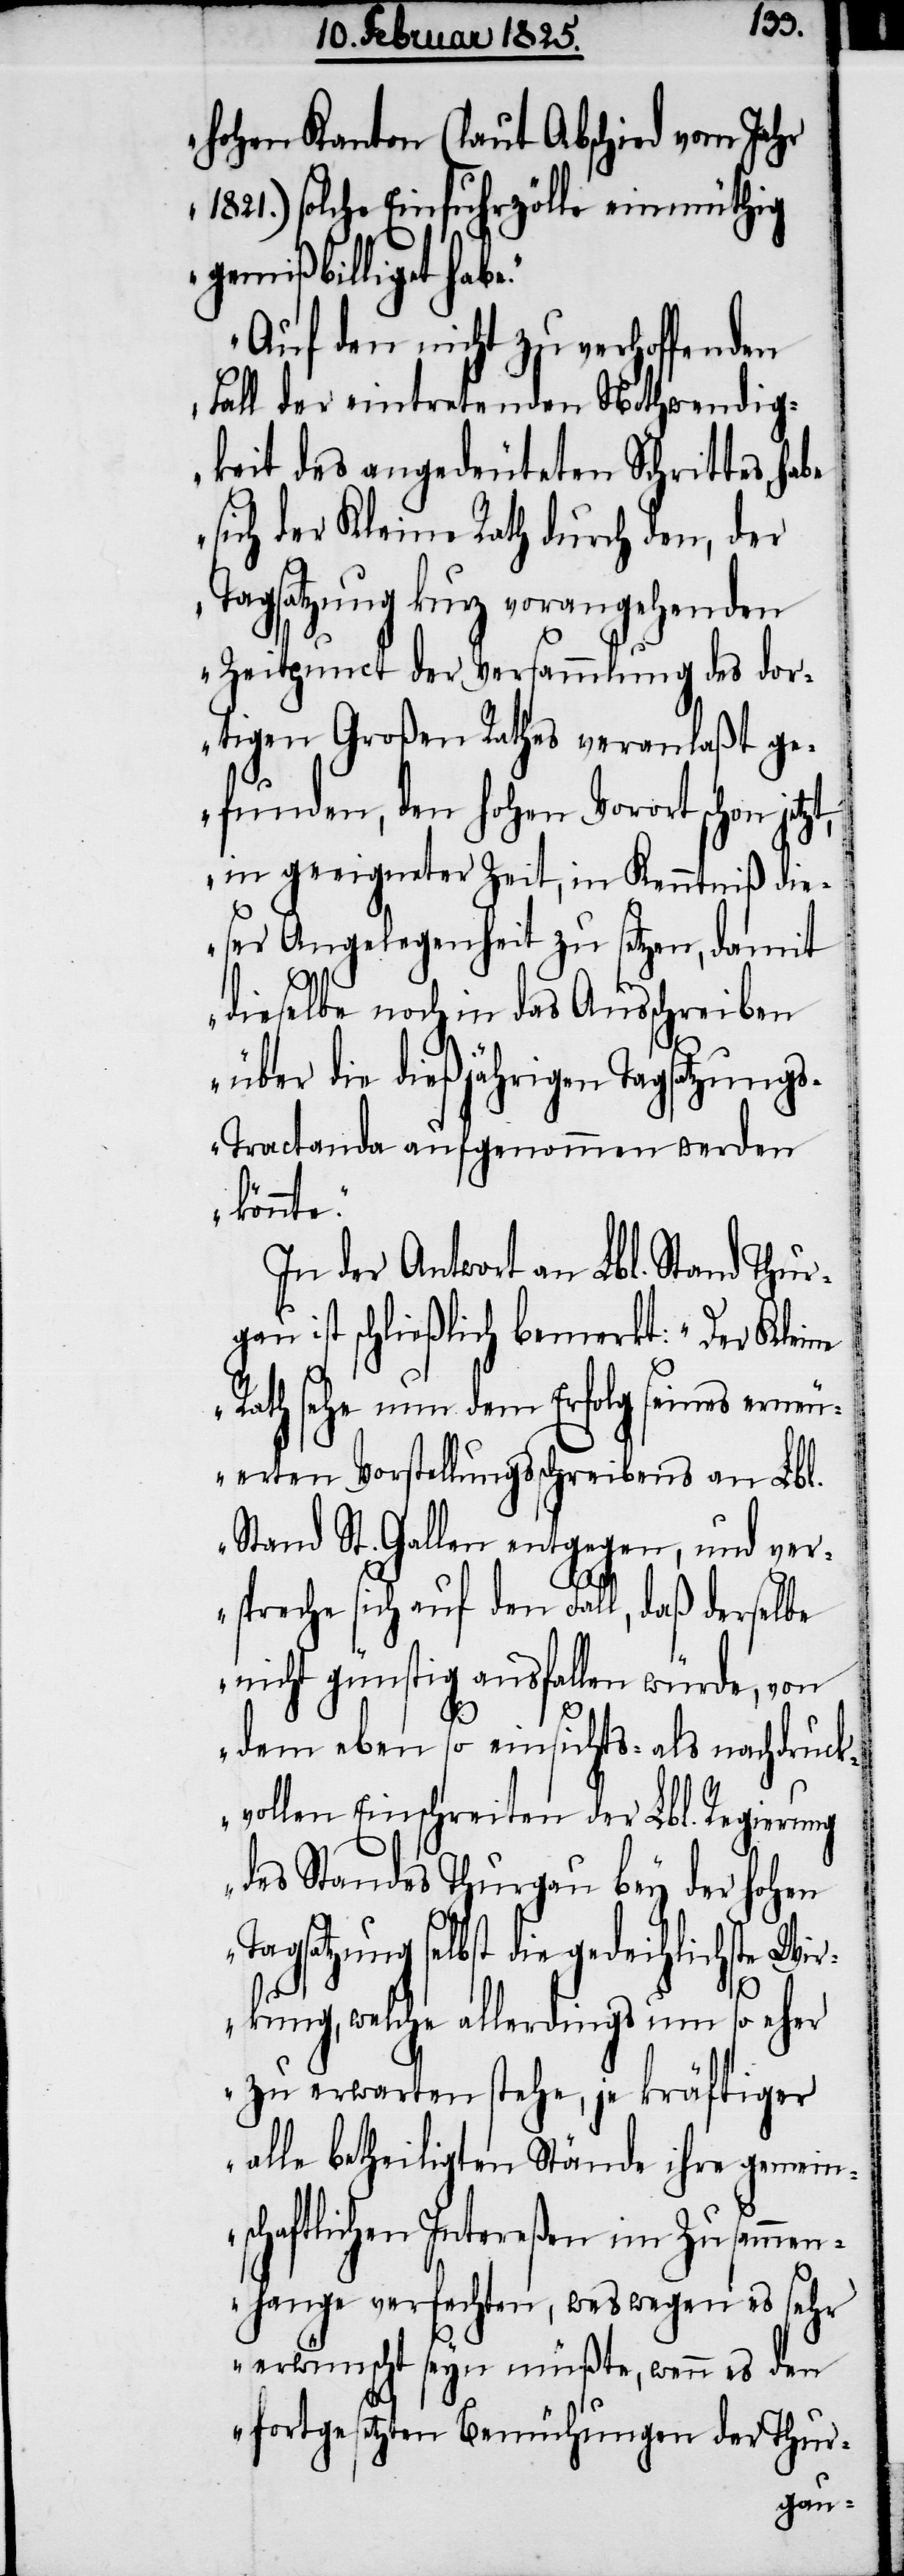
hohen Kanton (laut Abschied vom Jahr
1821.) solche Einfuhrzölle einmüthig
gemißbilliget hab¬
Auf den nicht zu verhoffenden
Fall der eintretenden Nothwendig¬
keit des angedeuteten Schrittes, habe
sich der Kleine Rath durch den, der
Tagsatzung kurz vorangehenden
Zeitpunct der Versammlung des dor¬
tigen Großen Rathes veranlaßt ge¬
funden, den hohen Vorort schon jetz¬
in geeigneter Zeit, in Kenntniß die¬
ser Angelegenheit zu setzen, damit
dieselbe noch in das Ausschreiben
über die dießjährigen Tagsatzung¬
s-Tractanda aufgenommen werden
könnte.“
In der Antwort an Lbl. Stand Thurg¬
au ist schließlich bemerkt: „Der Kleine
Rath sehe nun dem Erfolg seines erneu¬
erten Vorstellungsschreibens an Lbl.
Stand St. Gallen entgegen, und ver¬
spreche sich auf den Fall, daß derselbe
nicht günstig ausfallen würde, von
t,
dem eben so einsichts- als nachdruck¬
vollen Einschreiten der Lbl. Regierung
des Standes Thurgau bey der hohen
Tagsatzung selbst die gedeihlichste Wir¬
kung, welche allerdings um so eher
zu erwarten stehe, je kräftiger
alle betheiligten Stände ihre gemein¬
schaftlichen Intereßen im Zusammen¬
hange verfechten, weswegen es sehr
erwünscht seyn müßte, wenn es den
fortgesetzten Bemühungen der Thur-